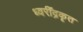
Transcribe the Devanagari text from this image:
ध्वरींद्रकृत